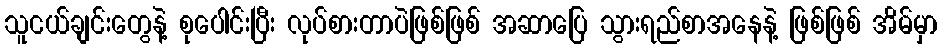
သူငယ်ချင်းတွေနဲ့ စုပေါင်းပြီး လုပ်စားတာပဲဖြစ်ဖြစ် အဆာပြေ သွားရည်စာအနေနဲ့ ဖြစ်ဖြစ် အိမ်မှာ